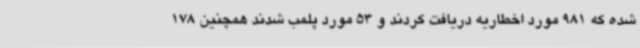
شده که 981 مورد اخطاریه دریافت کردند و 53 مورد پلمب شدند همچنین 178